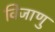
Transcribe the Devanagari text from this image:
विजाणु